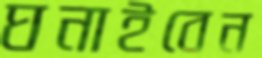
ঘনাইবেন